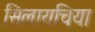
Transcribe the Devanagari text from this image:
सिलायचिया